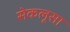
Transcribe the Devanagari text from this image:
सेकलूसा